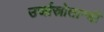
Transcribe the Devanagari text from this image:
उर्जास्रोतान्ची